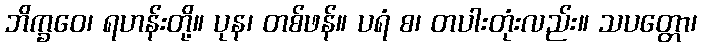
ဘိက္ခဝေ၊ ရဟန်းတို့။ ပုန၊ တစ်ဖန်။ ပရံ စ၊ တပါးတုံးလည်း။ သပတ္တော၊